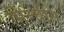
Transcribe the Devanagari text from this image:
मिन्चीन